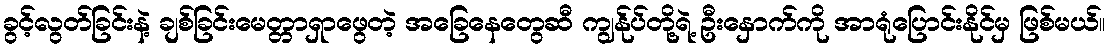
ခွင့်လွတ်ခြင်းနဲ့ ချစ်ခြင်းမေတ္တာရှာဖွေတဲ့ အခြေနေတွေဆီ ကျွန်ုပ်တို့ရဲ့ ဦးနှောက်ကို အာရုံပြောင်းနိုင်မှ ဖြစ်မယ်။